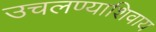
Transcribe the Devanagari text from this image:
उचलण्याशिवाय